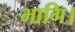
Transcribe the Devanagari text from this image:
भागि।